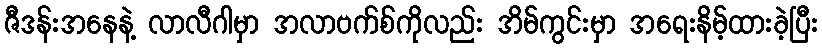
ဇီဒန်းအနေနဲ့ လာလီဂါမှာ အလာဗက်စ်ကိုလည်း အိမ်ကွင်းမှာ အရေးနိမ့်ထားခဲ့ပြီး